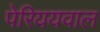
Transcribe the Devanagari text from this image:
पेरिययवाल